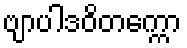
ဗျာပါဒဝိတက္ကော